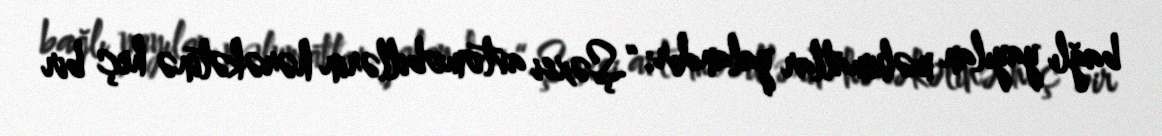
bağlı yayılan məlumatlar yalandır: “Şəxsi avtomobillərin hərəkətinə heç bir